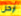
ارحل